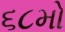
૬૮મો